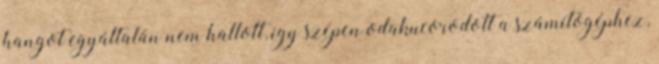
hangot egyáltalán nem hallott, így szépen odakucorodott a számítógéphez,